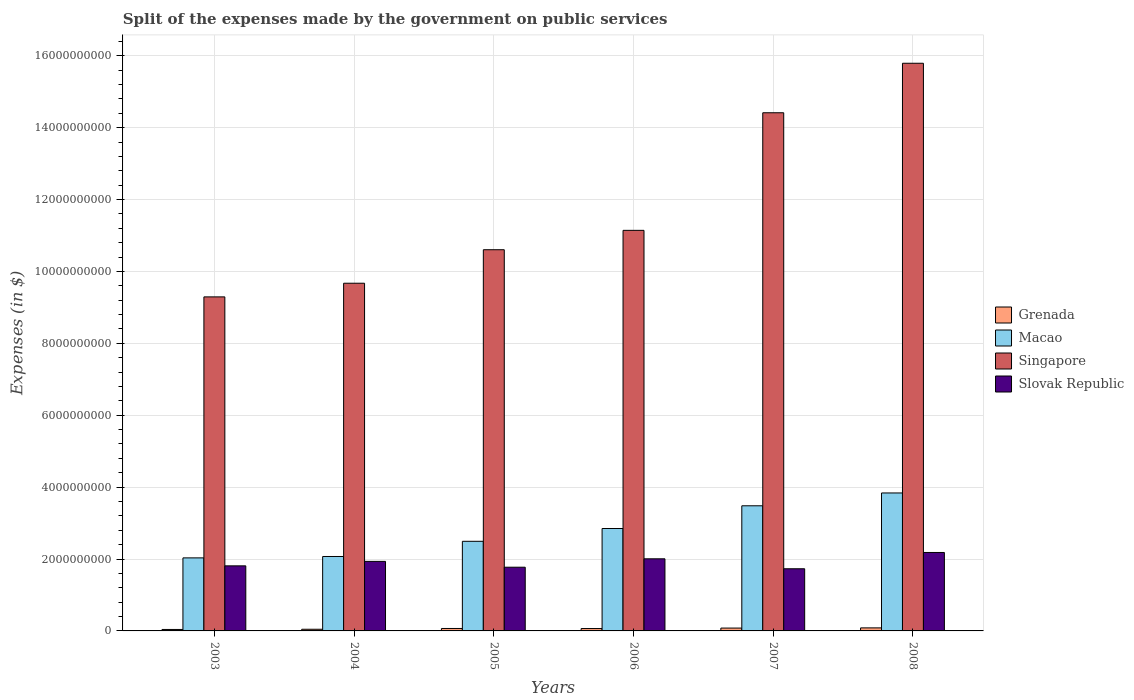
| Years | Grenada | Macao | Singapore | Slovak Republic |
 | --- | --- | --- | --- | --- |
 | 2003 | 4.05e+07 | 2.03e+09 | 9.29e+09 | 1.81e+09 |
 | 2004 | 4.61e+07 | 2.07e+09 | 9.67e+09 | 1.93e+09 |
 | 2005 | 6.79e+07 | 2.49e+09 | 1.06e+10 | 1.77e+09 |
 | 2006 | 6.61e+07 | 2.85e+09 | 1.11e+10 | 2.01e+09 |
 | 2007 | 7.91e+07 | 3.48e+09 | 1.44e+10 | 1.73e+09 |
 | 2008 | 8.47e+07 | 3.84e+09 | 1.58e+10 | 2.18e+09 |